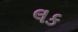
લક